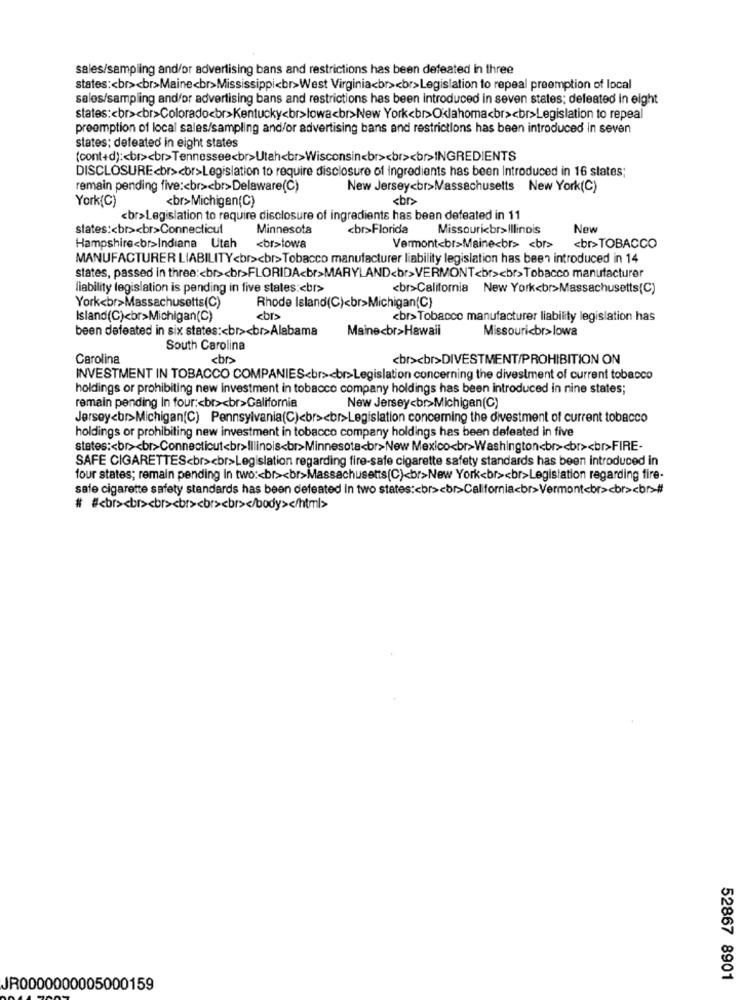
sales/sampling and/or advertising bans and restrictions has been defeated in three
states :< br><br>Maine<br>Mississippi<br>West Virginia<br><br>Legislation to repeal preemption of local
sales/sampling and/or advertising bans and restrictions has been introduced in seven states; defeated in eight
states :< br><br>Colorado<br>Kentucky<br>lowa<br>New York<br>Oklahoma<br><br>Legislation to repeal
preemption of local sales/sampling and/or advertising bans and restrictions has been introduced in seven
states: defeated in eight states
(cont+d) :< br><br>Tennessee<br>Utah<br>Wisconsin<br><br><br>INGREDIENTS
DISCLOSURE<br><br>Legislation to require disclosure of Ingredients has been Introduced in 16 states;
remain pending five :< br><br>Delaware(C)
New Jersey<br>Massachusetts New York(C)
<br>Michigan(C)
<br>
York(C)
<br>Legislation to require disclosure of ingredients has been defeated in 11
states :< br><br>Connecticut
Minnesota
<br>Florida
Missouri<br>Illinois
New
<br>TOBACCO
Hampshire<br>Indiana Utah
<br>towa
Vermont<br>Maine<br> <br>
MANUFACTURER LIABILITY<br><br>Tobacco manufacturer liability legislation has been introduced in 14
states, passed in three :< br><br>FLORIDA<br>MARYLAND<br>VERMONT<br><br>Tobacco manufacturer
liability legislation is pending in five states :< br>
<br>California New York<br>Massachusetts(C)
York<br>Massachusetts(C)
Rhode Island(C)<br>Michigan(C)
Island(C)<br>Michigan(C)
<br>
<br>Tobacco manufacturer liability legislation has
been defeated in six states :< br><br>Alabama
Maine<br>Hawaii
Missouri<br>lowa
South Carolina
Carolina
<br>
<br><br>DIVESTMENT/PROHIBITION ON
INVESTMENT IN TOBACCO COMPANIES<br><br>Legislation concerning the divestment of current tobacco
holdings or prohibiting new investment in tobacco company holdings has been introduced in nine states;
remain pending In four :< br><br>Californie
New Jersey<br>Michigan(C)
Jersey<br>Michigan(C) Pennsylvania(C)<br><br>Legislation concerning the divestment of current tobacco
holdings or prohibiting new investment in tobacco company holdings has been defeated in five
states :< br><br>Connecticut<br>Illinois<br>Minnesota<br>New Mexico<br>Washington<br><br><br>FIRE-
SAFE CIGARETTES<br><br>Legislation regarding fire-safe cigarette safety standards has been introduced in
four states; remain pending In two :< br><br>Massachusetts(C)<br>New York<br><br>Legislation regarding fire-
safe cigarette safety standards has been defeated In two states :< br><br>California<br>Vermont<br><br><br>#
# #<br><br><br><br><br><br></body></html>
52867 8901
JR0000000005000159